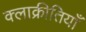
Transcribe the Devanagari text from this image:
क्लाक्रीतियाँ